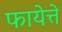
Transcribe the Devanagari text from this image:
फायेत्ते